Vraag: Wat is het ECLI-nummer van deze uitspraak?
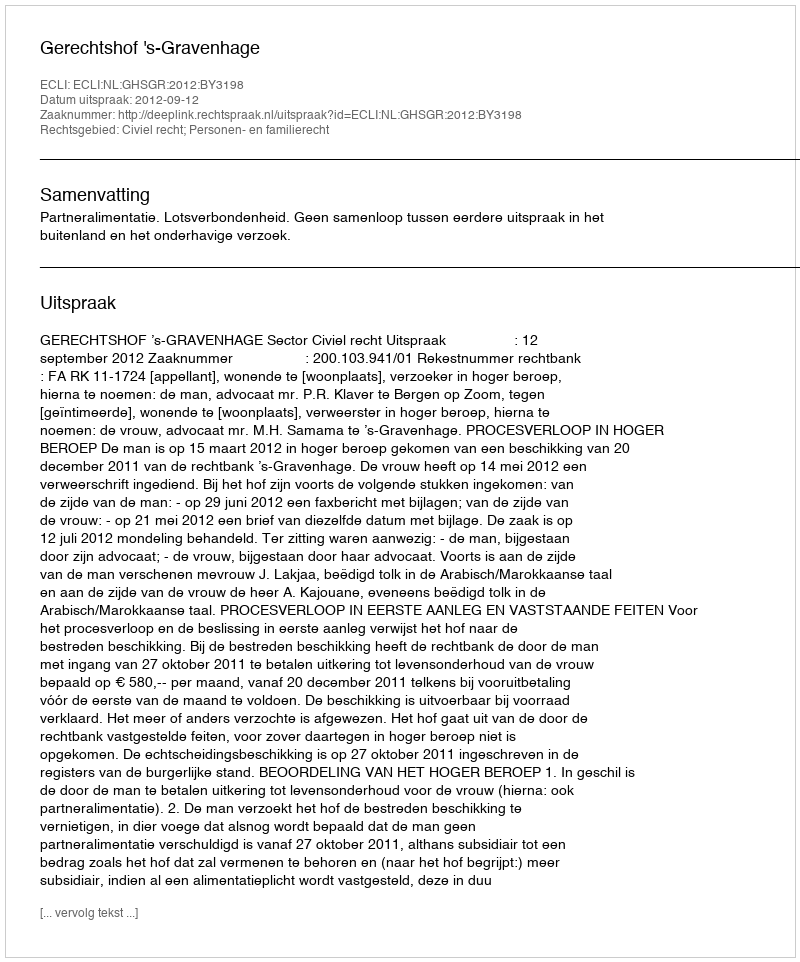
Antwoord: ECLI:NL:GHSGR:2012:BY3198